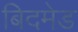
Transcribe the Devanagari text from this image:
बिदमेड